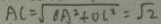
A C = \sqrt { O A ^ { 2 } + O C ^ { 2 } } = \sqrt { 2 }